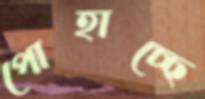
পোহাচ্ছে